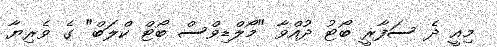
މިއީ ދެ ސަފާރީ ބޯޓު ދުއްވާ "މޯލްޑިވްސް ބޯޓް ކްލަބް" ގެ ވެރިޔާ